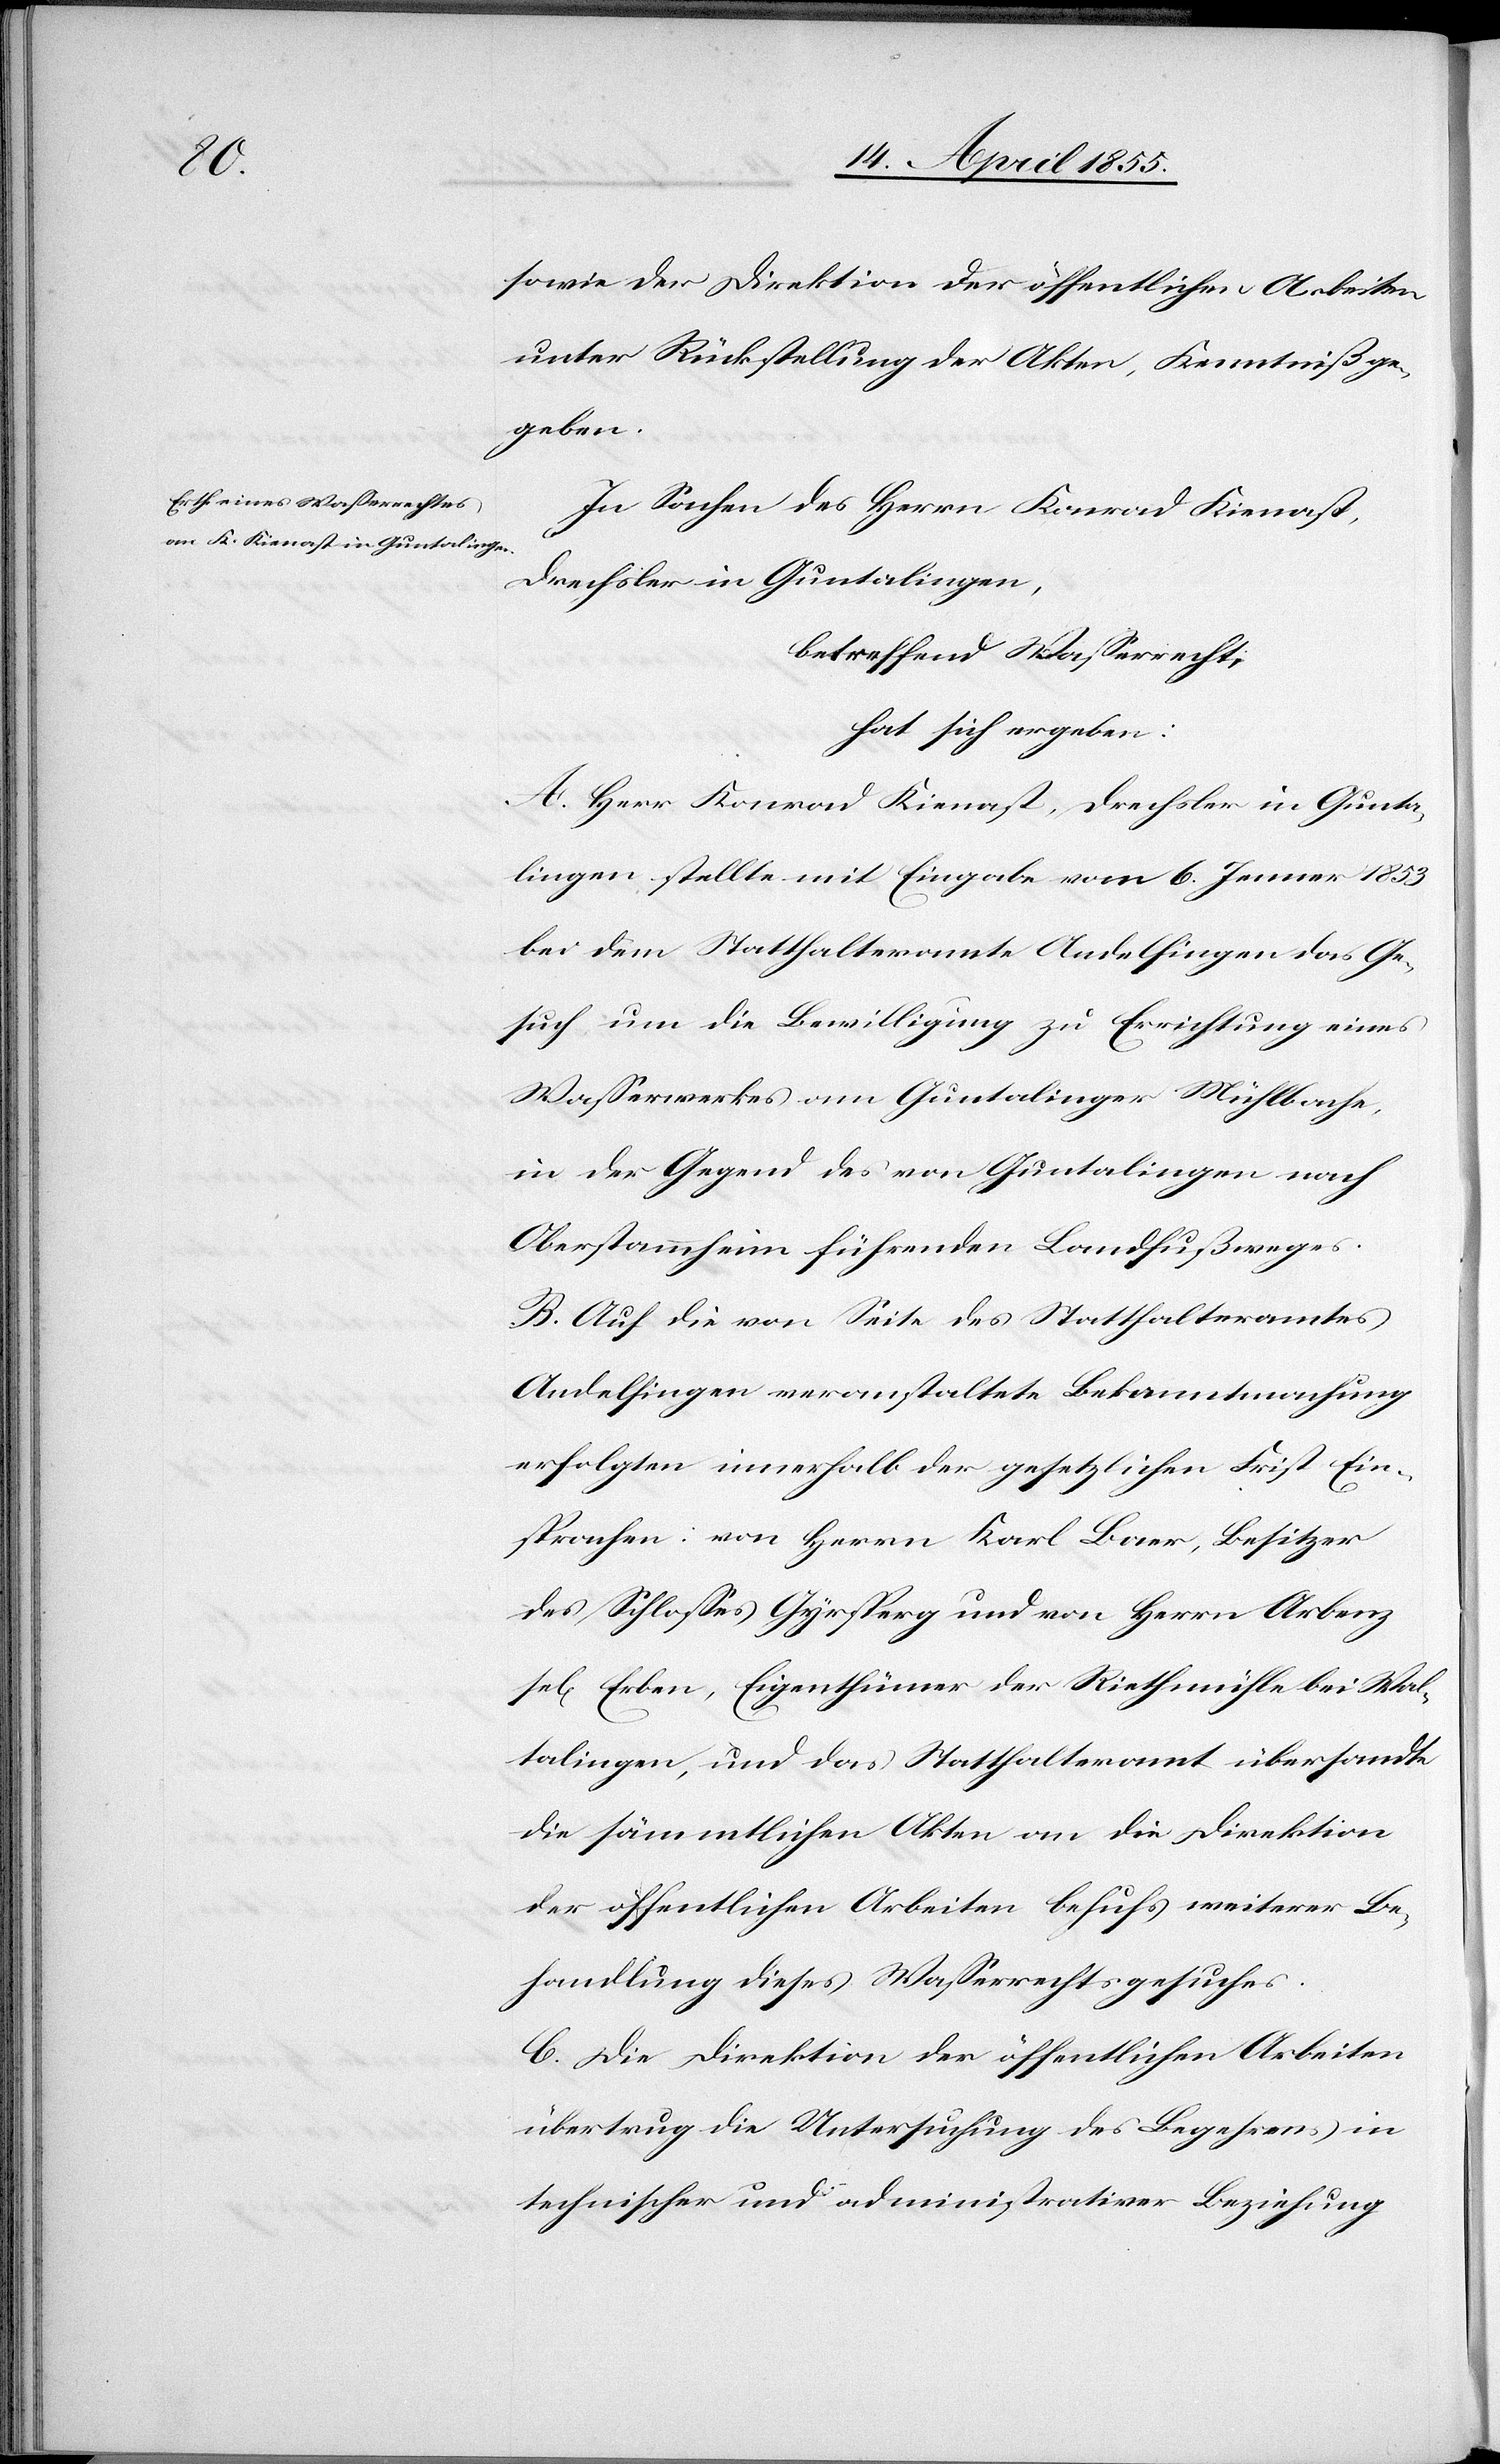
sowie der Direktion der öffentlichen Arbeiten
unter Rückstellung der Akten, Kenntniß ge¬
geben.
In Sachen des Herrn Konrad Kienast,
Drechsler in Guntalingen,
betreffend Wasserrecht,
hat sich ergeben:
A. Herr Konrad Kienast, Drechsler in Gunta¬
lingen stellte mit Eingabe vom 6. Jenner 1853
bei dem Statthalteramte Andelfingen das Ge¬
such um die Bewilligung zu Errichtung eines
Wasserwerkes am Guntalinger Mühlbache,
in der Gegend des von Guntalingen nach
Oberstammheim führenden Landfußweges.
B. Auf die von Seite des Statthalteramtes
Andelfingen veranstaltete Bekanntmachung
erfolgten innerhalb der gesetzlichen Frist Ein¬
sprachen: von Herrn Karl Baer, Besitzer
des Schlosses Gyrsperg und von Herrn Arbenz
sel[igen] Erben, Eigenthümer der Riethmühle bei Wal¬
talingen, und das Statthalteramt übersandte
die sämmtlichen Akten an die Direktion
der öffentlichen Arbeiten behufs weiterer Be¬
handlung dieses Wasserrechtsgesuches.
C. Die Direktion der öffentlichen Arbeiten
übertrug die Untersuchung des Begehrens in
technischer und administrativer Beziehung